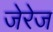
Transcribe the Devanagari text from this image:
जेरेज